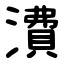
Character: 㵒